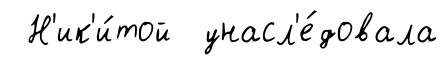
Н'ик'и́той унасл'е́довала